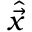
\hat { \Vec { x } }